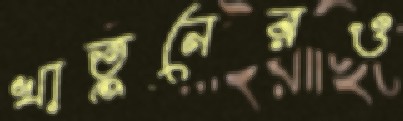
খাতুনেরও